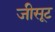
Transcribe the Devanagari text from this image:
जीसूट